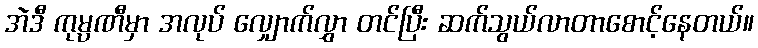
အဲဒီ ကုမ္ပဏီမှာ အလုပ် လျှောက်လွှာ တင်ပြီး ဆက်သွယ်လာတာစောင့်နေတယ်။